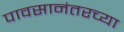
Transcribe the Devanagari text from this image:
पावसानंतरच्या